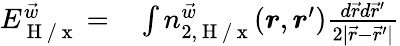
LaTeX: \begin{array}{rl}{E_{\mathrm{~H~}/\mathrm{~x~}}^{\vec{w}}=}&{{}\int n_{2,\mathrm{~H~}/\mathrm{~x~}}^{\vec{w}}(\boldsymbol{r},\boldsymbol{r}^{\prime})\frac{d\vec{r}d\vec{r}^{\prime}}{2|\vec{r}-\vec{r}^{\prime}|}}\end{array}